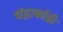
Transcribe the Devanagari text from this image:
चंद्रार्काग्नी